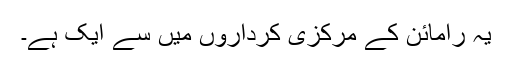
یہ رامائن کے مرکزی کرداروں میں سے ایک ہے۔